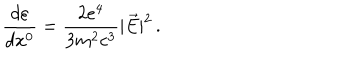
\frac { d \varepsilon } { d x ^ { 0 } } = \frac { 2 e ^ { 4 } } { 3 m ^ { 2 } c ^ { 3 } } | \vec { E } | ^ { 2 } \, { . }